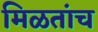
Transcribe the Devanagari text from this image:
मिळतांच